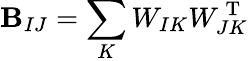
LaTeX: \mathbf{B}_{IJ}=\sum_{K}W_{IK}W_{JK}^{\mathrm{{~T~}}}